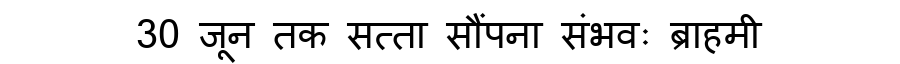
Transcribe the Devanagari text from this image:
30 जून तक सत्ता सौंपना संभवः ब्राहमी